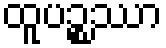
ထူပဉ္စဿာ